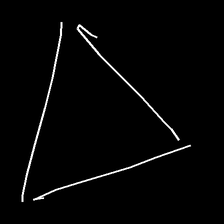
Glyph: convergence